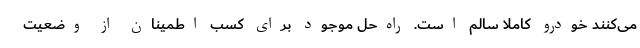
می‌کنند خودرو کاملا سالم است. راه‌حل موجود برای کسب اطمینان از وضعیت